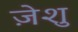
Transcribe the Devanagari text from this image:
ज़ेशु